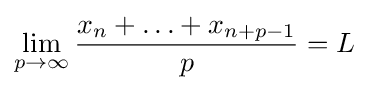
\lim \limits _{p\to \infty }{\frac {x_{n}+\ldots +x_{n+p-1}}{p}}=L